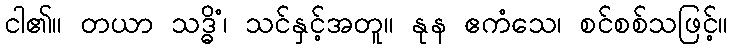
ငါ၏။ တယာ သဒ္ဓိံ၊ သင်နှင့်အတူ။ နုန ဧကံသေ၊ စင်စစ်သဖြင့်။